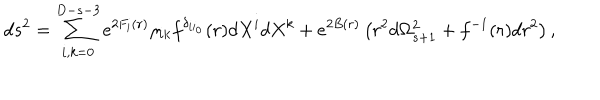
LaTeX: d s ^ { 2 } = \sum _ { i , k = 0 } ^ { D - s - 3 } e ^ { 2 F _ { i } ( r ) } \eta _ { i k } f ^ { \delta _ { i i _ { 0 } } } ( r ) d X ^ { i } d X ^ { k } + e ^ { 2 B ( r ) } \left( r ^ { 2 } d \Omega _ { s + 1 } ^ { 2 } + f ^ { - 1 } ( r ) d r ^ { 2 } \right) ,